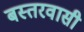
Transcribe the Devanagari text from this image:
बस्तरवासी